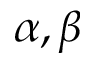
\alpha , \beta